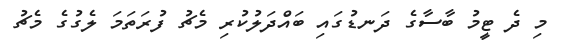
މި ދެ ޓީމު ބާސާގެ ދަނޑުގައި ބައްދަލުކުރި މެޗު ފުރަތަމަ ލެގުގެ މެޗު